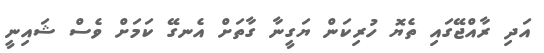
އަދި ރާއްޖޭގައި ތެޔޮ ހުރިކަން ޔަގީނާ ގާތަށް އެނގޭ ކަމަށް ވެސް ޝައިނީ